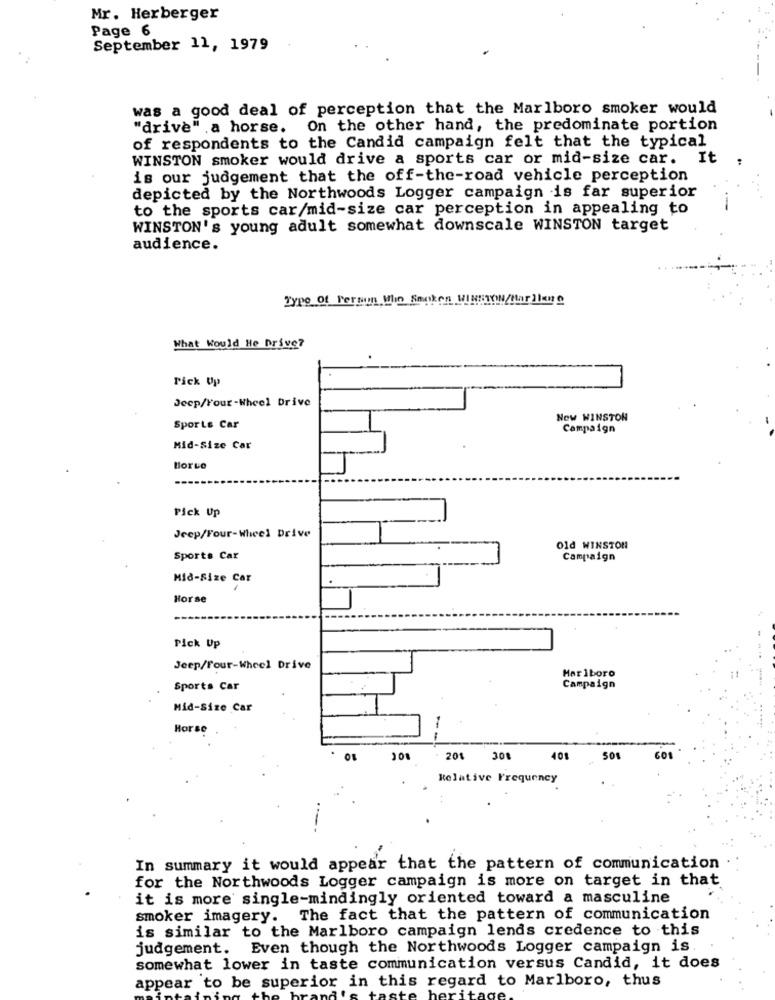
Mr. Herberger
Page 6
September 11, 1979
was a good deal of perception that the Marlboro smoker would
"drive" a horse. On the other hand, the predominate portion
of respondents to the Candid campaign felt that the typical
WINSTON smoker would drive a sports car or mid-size car. It
is our judgement that the off-the-road vehicle perception
depicted by the Northwoods Logger campaign is far superior
to the sports car/mid-size car perception in appealing to
WINSTON's young adult somewhat downscale WINSTON target
audience.
Type of Person Who Senken WINSTON/Hardlene
What Would He Drive?
Pick Up
Jeep/Your-Wheel Drive
Now WINSTON
Sports Car
Campaign
Mid-Size Car
Horse
Pick Up
Jeep/Four-Wheel Drive
Old WINSTON
Sports Car
Campaign
Mid-Size Car
Horse
Pick Up
Jeep/Four-Wheel Drive
Marlboro
Sports Car
Campaign
Mid-Size Car
Horse
--
101
201
308
401
50
601
Relative Frequency
In summary it would appear that the pattern of communication
for the Northwoods Logger campaign is more on target in that
it is more' single-mindingly oriented toward a masculine
smoker imagery. The fact that the pattern of communication
is similar to the Marlboro campaign lends credence to this
judgement. Even though the Northwoods Logger campaign is
somewhat lower in taste communication versus Candid, it does
appear to be superior in this regard to Marlboro, thus